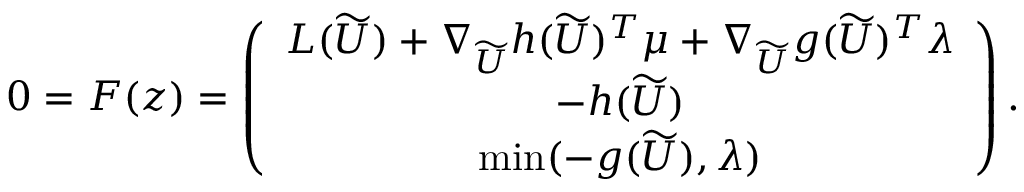
\begin{array} { r } { 0 = F ( z ) = \left( \begin{array} { c c } { L ( \widetilde { U } ) + \nabla _ { \widetilde { U } } h ( \widetilde { U } ) ^ { T } \mu + \nabla _ { \widetilde { U } } g ( \widetilde { U } ) ^ { T } \lambda } \\ { - h ( \widetilde { U } ) } \\ { \operatorname* { m i n } ( - g ( \widetilde { U } ) , \lambda ) } \end{array} \right) . } \end{array}